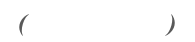
(         ٦)